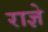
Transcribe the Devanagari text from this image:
राज्ञे